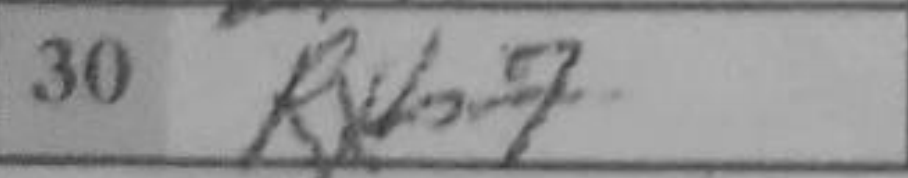
Transcription: Rxb7